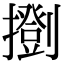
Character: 𢷚